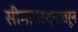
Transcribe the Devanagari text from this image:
सीमाप्रश्नावरून